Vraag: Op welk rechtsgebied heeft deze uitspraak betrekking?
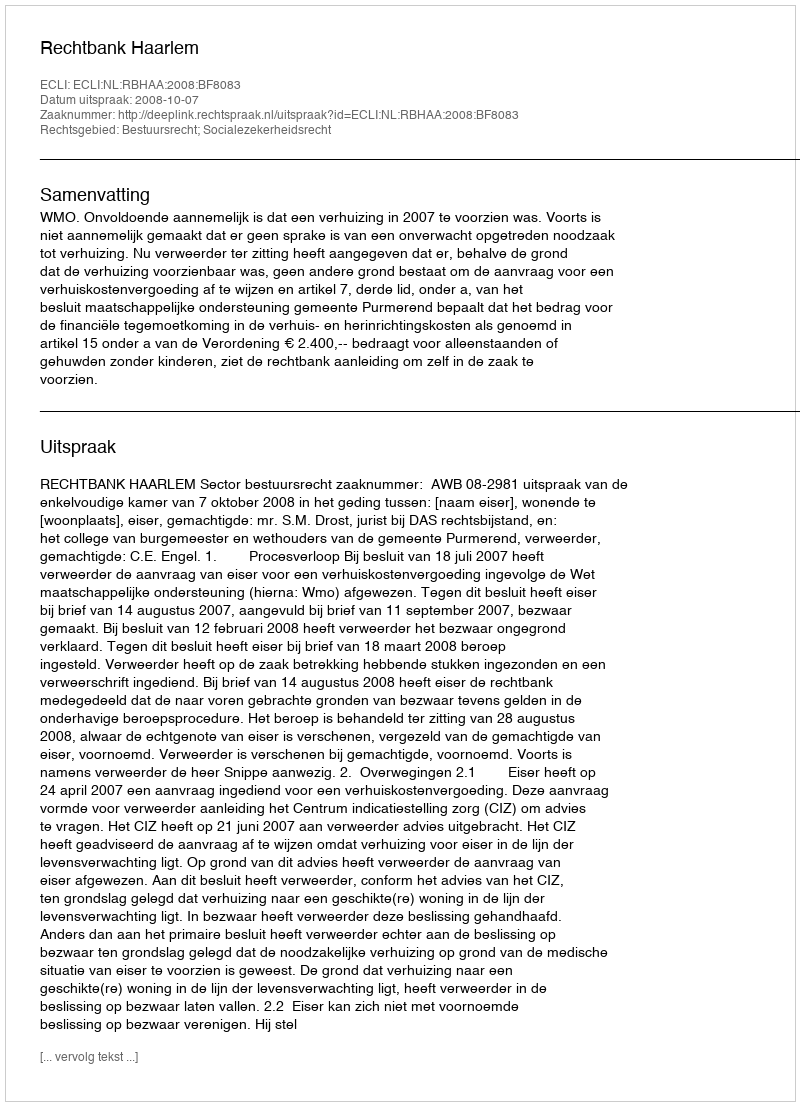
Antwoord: Bestuursrecht; Socialezekerheidsrecht